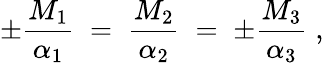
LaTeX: \pm\frac{M_{1}}{\alpha_{1}}\; =\; \frac{M_{2}}{\alpha_{2}}\; =\; \pm\frac{M_{3}}{\alpha_{3}}\; ,